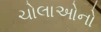
ચોલાઓનો